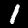
Label: 1